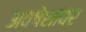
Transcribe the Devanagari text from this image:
अवषेशांवर